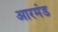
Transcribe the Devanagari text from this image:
आरमंड